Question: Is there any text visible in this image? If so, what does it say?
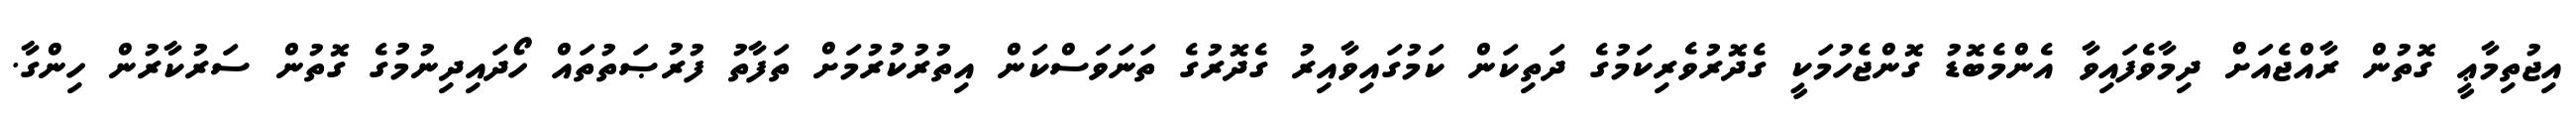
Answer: އިޖުތިމާޢީ ގޮތުން ރާއްޖެއަށް ދިމާވެފައިވާ އެންމެބޮޑު ގޮންޖެހުމަކީ ގެދޮރުވެރިކަމުގެ ދަތިކަން ކަމުގައިވާއިރު ގެދޮރުގެ ތަނަވަސްކަން އިތުރުކުރުމަށް ތަފާތު ފުރުޞަތުތައް ހޯދައިދިނުމުގެ ގޮތުން ސަރުކާރުން ހިންގާ.